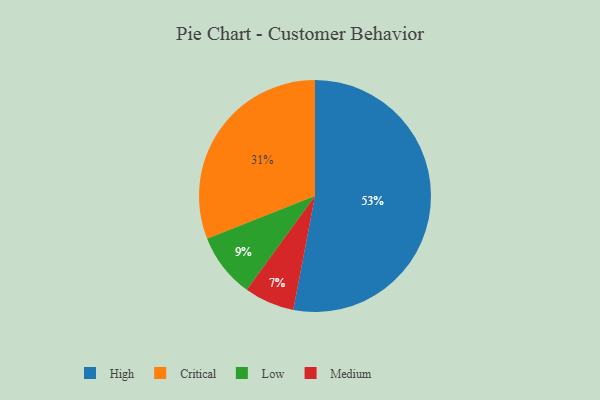
{"axis": {"x": "Category", "y": "Percentage"}, "legend": ["Critical", "High", "Low", "Medium"], "data": [{"x": "Low", "y": 9, "type": "Low"}, {"x": "Medium", "y": 7, "type": "Medium"}, {"x": "Critical", "y": 31, "type": "Critical"}, {"x": "High", "y": 53, "type": "High"}]}